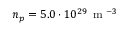
n _ { p } = 5 . 0 \cdot 1 0 ^ { 2 9 } \, \mathrm { ~ m ~ } ^ { - 3 }